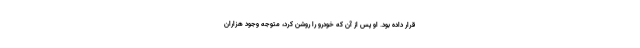
قرار داده بود. او پس از آن که خودرو را روشن کرد، متوجه وجود هزاران